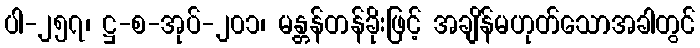
ပါ-၂၅၇၊ ဋ္ဌ-စ-အုပ်-၂၀၁၊ မန္တန်တန်ခိုးဖြင့် အချိန်မဟုတ်သောအခါတွင်